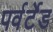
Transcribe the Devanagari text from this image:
पर्वर्टेड